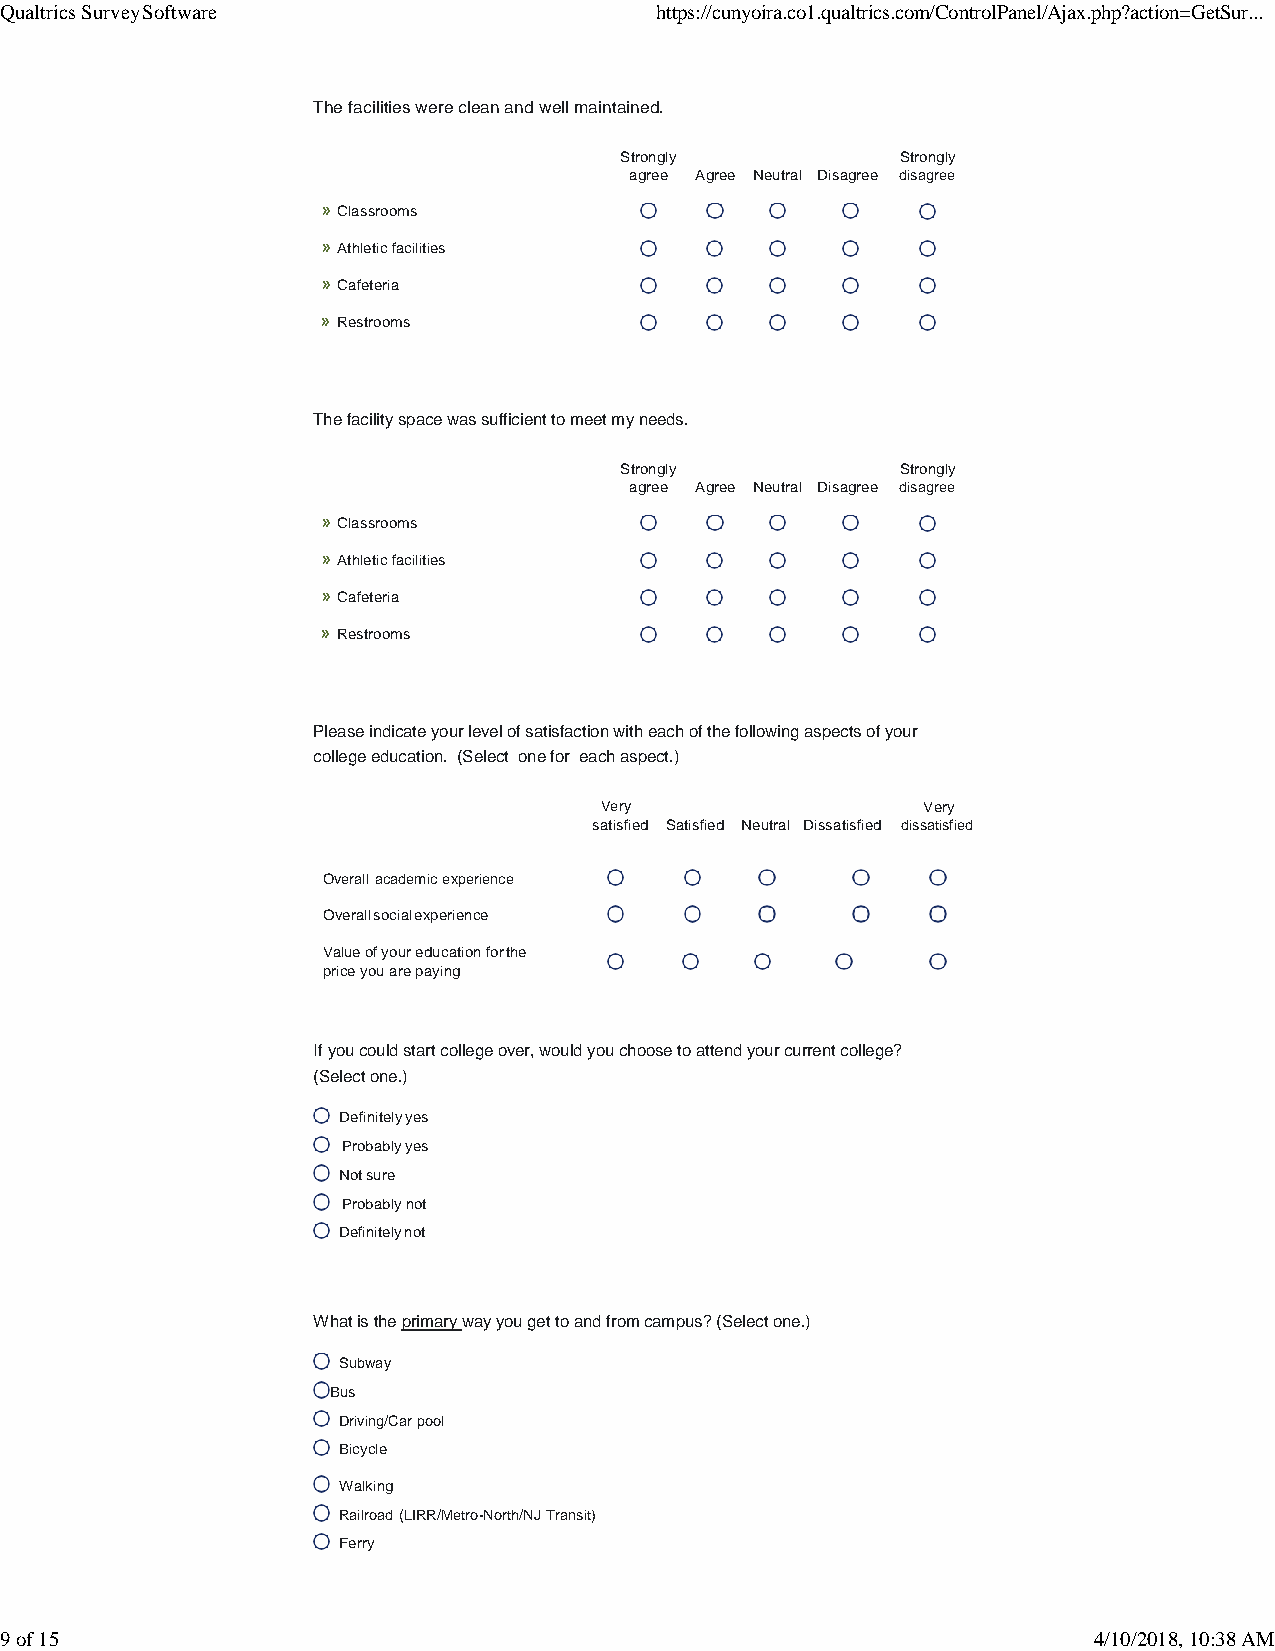
Qualtrics Survey Software                  https://cunyoira.co1.qualtrics.com/ControlPanel/Ajax.php?action=GetSur...
 The facilities were clean and well maintained.
 Strongly           Strongly
 agree Agree Neutral Disagree disagree
 » Classrooms
 » Athletic facilities
 » Cafeteria
 » Restrooms
 The facility space was sufficient to meet my needs.
 Strongly           Strongly
 agree Agree Neutral Disagree disagree
 » Classrooms
 » Athletic facilities
 » Cafeteria
 » Restrooms
 Please indicate your level of satisfaction with each of the following aspects of your
 college education. (Select one for each aspect.)
 Very                 Very
 satisfied Satisfied Neutral Dissatisfied dissatisfied
 Overall academic experience
 Overall social experience
 Value of your education for the
 price you are paying
 If you could start college over, would you choose to attend your current college?
 (Select one.)
 Definitely yes
 Probably yes
 Not sure
 Probably not
 Definitely not
 What is the primary way you get to and from campus? (Select one.)
 Subway
 Bus
 Driving/Car pool
 Bicycle
 Walking
 Railroad (LIRR/Metro-North/NJ Transit)
 Ferry
 9 of 15                                                                 4/10/2018, 10:38 AM